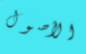
الأصول